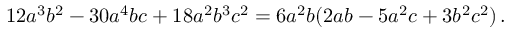
1 2 a ^ { 3 } b ^ { 2 } - 3 0 a ^ { 4 } b c + 1 8 a ^ { 2 } b ^ { 3 } c ^ { 2 } = 6 a ^ { 2 } b ( 2 a b - 5 a ^ { 2 } c + 3 b ^ { 2 } c ^ { 2 } ) \, .